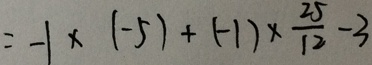
= - 1 \times ( - 5 ) + ( - 1 ) \times \frac { 2 5 } { 1 2 } - 3